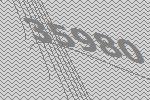
35980